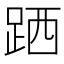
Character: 跴